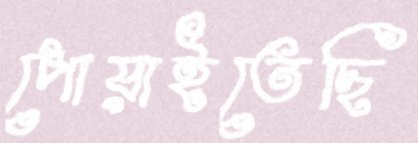
পোয়াইতেছি